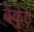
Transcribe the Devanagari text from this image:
बैकुंठ